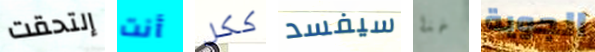
إلتحقت أنت ككل سيفسد خذا الجوية